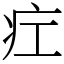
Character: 疘